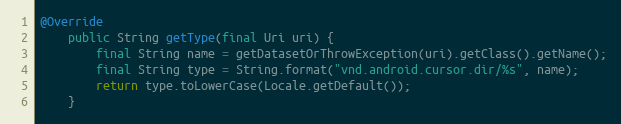
Language: Java
@Override
	public String getType(final Uri uri) {
		final String name = getDatasetOrThrowException(uri).getClass().getName();
		final String type = String.format("vnd.android.cursor.dir/%s", name);
		return type.toLowerCase(Locale.getDefault());
	}